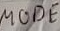
Text: MODE